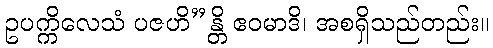
ဥပက္ကိလေသံ ပဇဟိ”န္တိ ဧဝမာဒိ၊ အစရှိသည်တည်း။